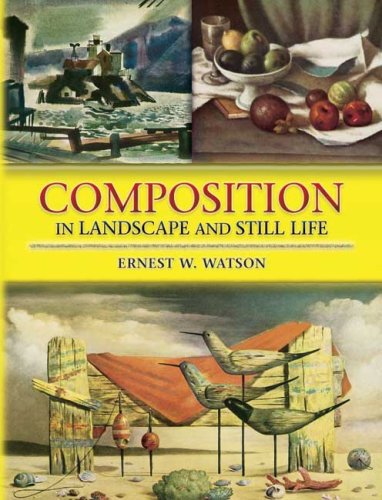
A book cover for Composition in Landscape and Still Life; Ernest W. Watson; Arts & Photography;